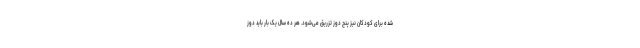
شده برای کودکان نیز پنج دوز تزریق می‌شود. هر ده سال یک بار باید دوز